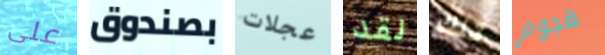
على بصندوق عجلات لقد تلك هجوم